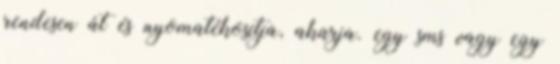
rendesen át és nyomatékosítja, akarja. egy sms vagy egy